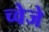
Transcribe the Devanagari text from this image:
च्वेजे